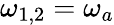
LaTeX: \omega_{1,2}=\omega_{a}